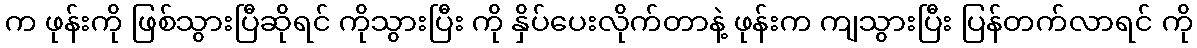
က ဖုန်းကို ဖြစ်သွားပြီဆိုရင် ကိုသွားပြီး ကို နှိပ်ပေးလိုက်တာနဲ့ ဖုန်းက ကျသွားပြီး ပြန်တက်လာရင် ကို